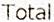
TOTAL